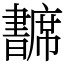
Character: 𢅺